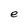
Character: e